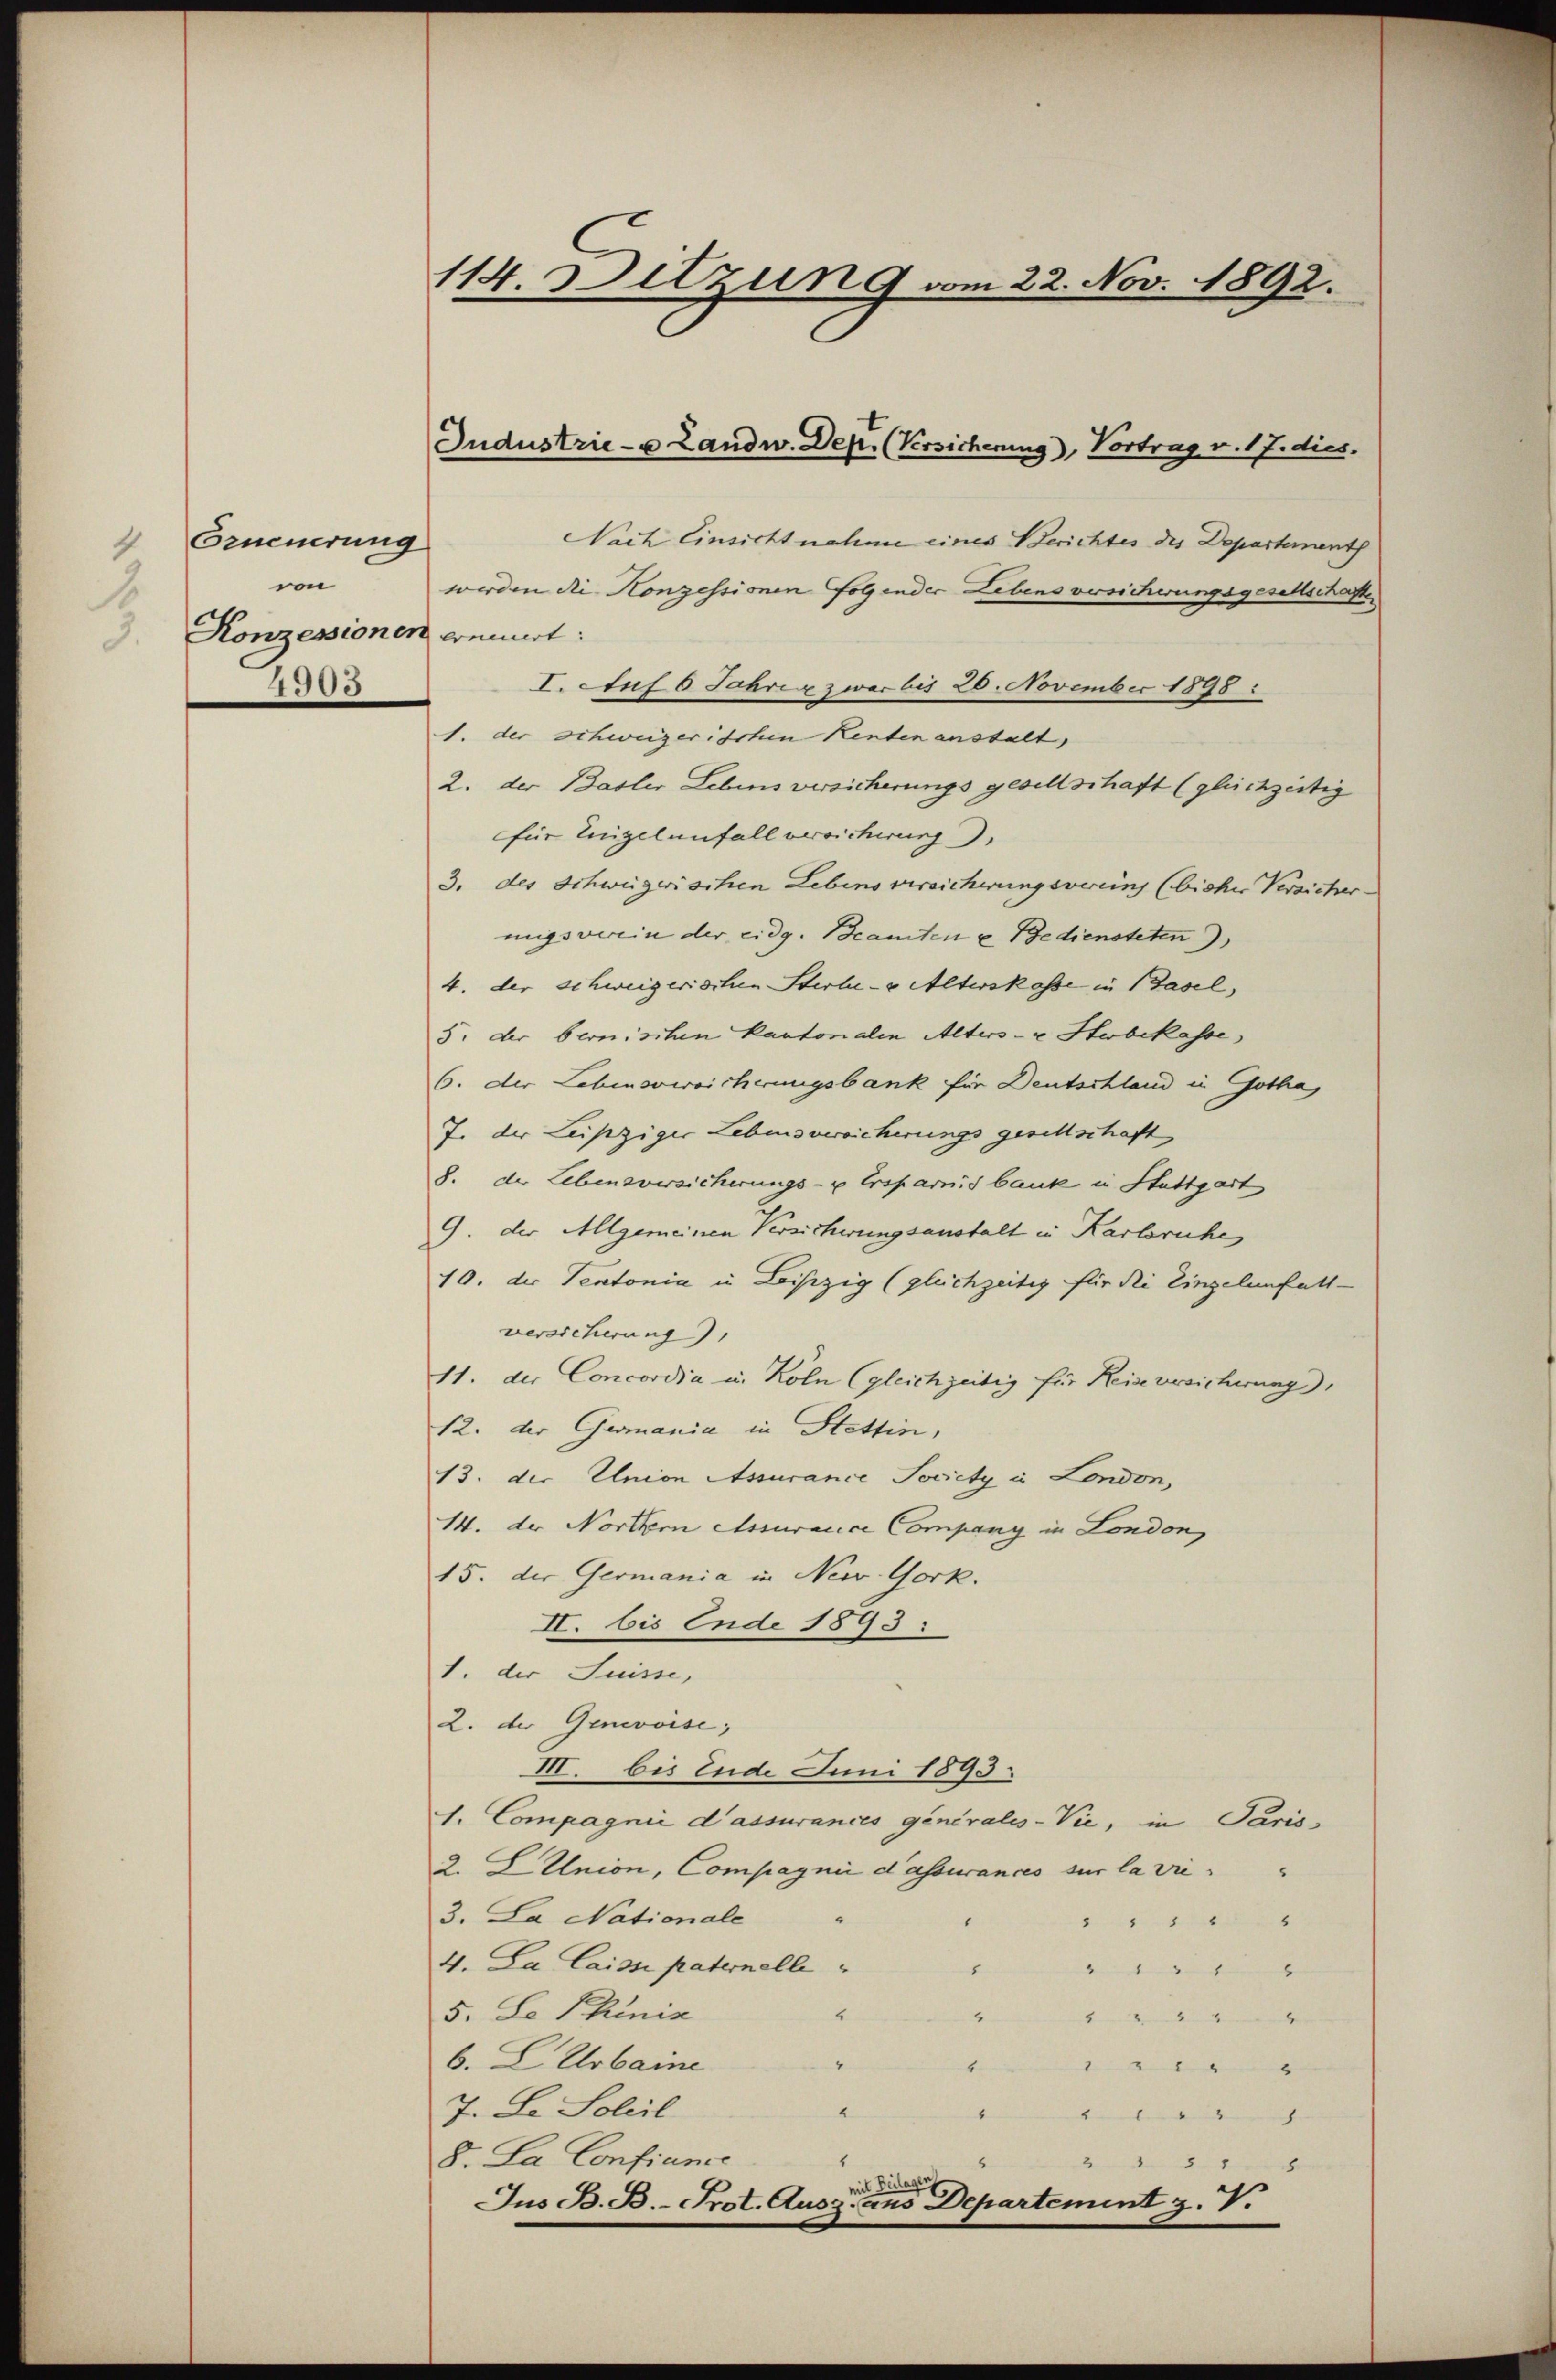
Erneuerung
von
.
3. Konzessionen einniert:
4905

114 Sitzung vom 22. Nov. 1892.

Jndustrie- u Landw. Dep. (Versicherung), Vortrag v. 17. dies.

Nach Einsicht nahme eines Berichtes des Departement
werden die Konzessionen folgender Lebens versicherungsgesellschaften
I. Auf 6 Jahren zwar bis 20. November 1898
1. der schweizerischen Kenten anstalt,
2. der Basler Lebens versicherungs gesellschaft (gleichzeitig
für Teigel anfall versicherung),
3. des Schweizerischen Lebens versicherungsvereins (bisher Versicher-
ngsverein der eidg. Beamten u Bediensteten
4. der schweizerischen Sterbe- u Alterskasse in Basel,
5. der bernischen Kantonalen Alters- u Hebekasse
6. der Lebensoweicherungsbank für Deutschland in Gotha
J. der Leipziger Lebensvereicherungs gesellschaft
8. der Lebensversicherungs- u Ersparnis bank in Stuttgart
9. der Allgemeinen Versicherungsanstalt in Karlsruhe
10. der Pentonia in Leiszig (gleichzeitig für die Eingelenfall-
versicherung),
11. der Concordia u. Köln (gleichzeitig für Reise versicherung),
12. der Germania in Stettin,
13. der Union Assurance Socicty u. London,
14. der Northern essuracice Company in London
15. der Germania in New York.
II. bis Ende 1893.
1. der Suisse,
2. der Genevoise;
III. bis Ende uni 1893.
1. Compagni d’assurances généralis-Vie, in Paris
2. L Union, Compagnii d’assurances sur la vie
3. La Nationale
4
4. La Cais paternelle
8
erten hinter
5. Le Phinis
4
2
Minen
6. E Urbaine
4
Bedenen
4
2
7. Le Soleil
“
bekunden gesehen |
8. La Confiance
dn der den
mit Dicas
Jus B. B. Prot. Ausz. aus Departement z. V.